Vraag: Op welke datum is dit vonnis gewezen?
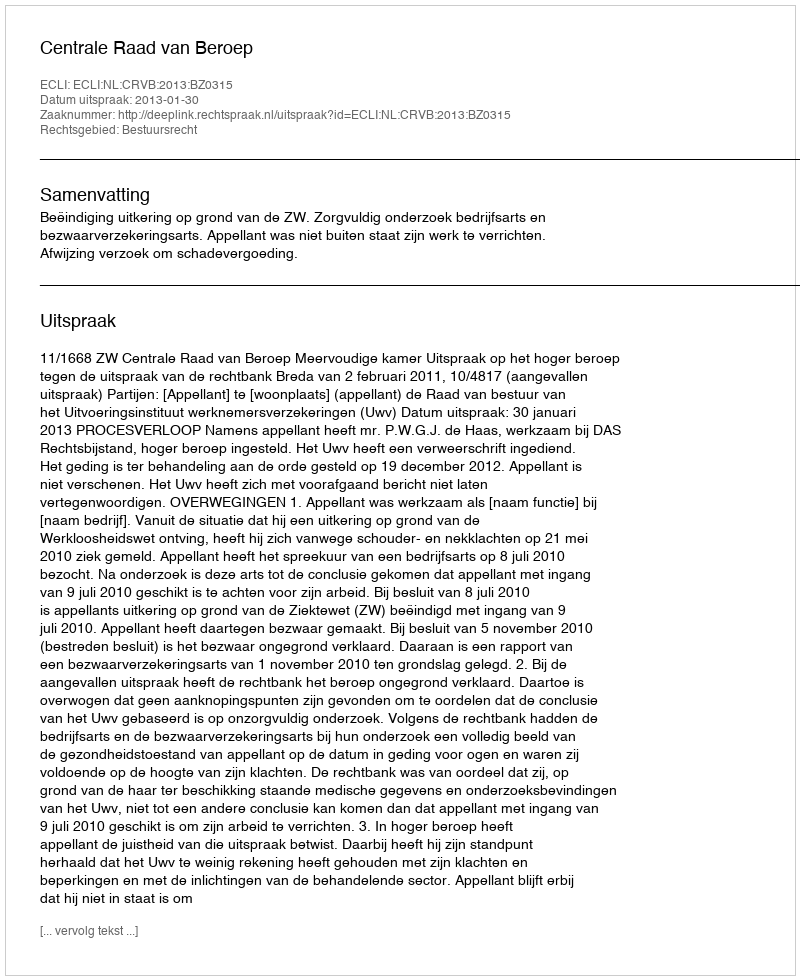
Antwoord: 2013-01-30